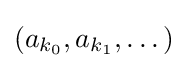
(a_{k_{0}},a_{k_{1}},\dots )